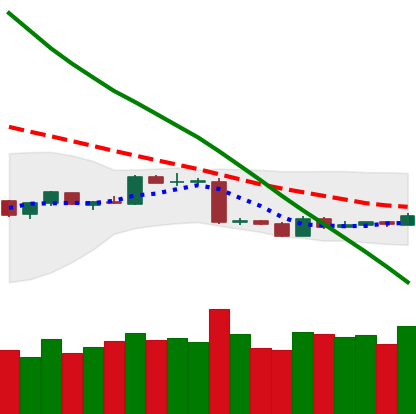
Ticker: BTC-USD
Chart end date: 2019-01-19
Forward return: -3.425%
Label: down_3_5